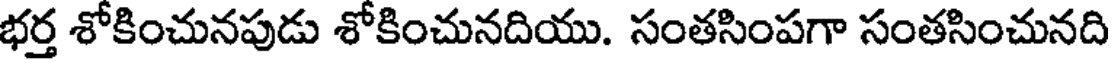
భర్త శోకించునపుడు శోకించునదియు. సంతసింపగా సంతసించునది